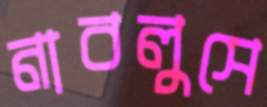
নাবলুসে